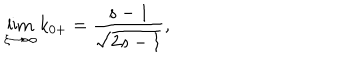
\lim _ { \xi \rightarrow \infty } k _ { 0 + } = \frac { s - 1 } { \sqrt { 2 s - 1 } } ,